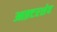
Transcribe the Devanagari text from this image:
आफ़्टरशेव